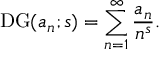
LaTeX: \operatorname { D G } ( a _ { n } ; s ) = \sum _ { n = 1 } ^ { \infty } { \frac { a _ { n } } { n ^ { s } } } .